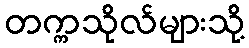
တက္ကသိုလ်များသို့